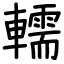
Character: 轜